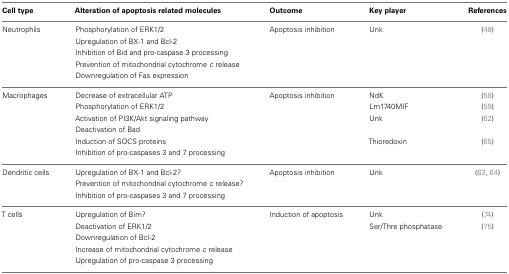
<table><thead><tr><td><b>Cell type</b></td><td><b>Alteration of apoptosis related molecules</b></td><td><b>Outcome</b></td><td><b>Key player</b></td><td><b>References</b></td></tr></thead><tbody><tr><td>Neutrophils</td><td>Phosphorylation of ERK1/2</td><td>Apoptosis inhibition</td><td>Unk</td><td>(48)</td></tr><tr><td></td><td>Upregulation of BX-1 and Bcl-2</td><td colspan="2"></td></tr><tr><td></td><td>Inhibition of Bid and pro-caspase 3 processing</td><td colspan="2"></td></tr><tr><td></td><td>Prevention of mitochondrial cytochrome <i>c</i> release</td><td colspan="2"></td></tr><tr><td></td><td>Downregulation of Fas expression</td><td colspan="2"></td></tr><tr><td>Macrophages</td><td>Decrease of extracellular ATP</td><td>Apoptosis inhibition</td><td>NdK</td><td>(58)</td></tr><tr><td></td><td>Phosphorylation of ERK1/2</td><td></td><td>Lm1740MIF</td><td>(59)</td></tr><tr><td></td><td>Activation of PI3K/Akt signaling pathway</td><td></td><td>Unk</td><td>(62)</td></tr><tr><td></td><td>Deactivation of Bad</td><td colspan="2"></td></tr><tr><td></td><td>Induction of SOCS proteins</td><td></td><td>Thioredoxin</td><td>(65)</td></tr><tr><td></td><td>Inhibition of pro-caspases 3 and 7 processing</td><td colspan="2"></td></tr><tr><td>Dendritic cells</td><td>Upregulation of BX-1 and Bcl-2?</td><td>Apoptosis inhibition</td><td>Unk</td><td>(63, 64)</td></tr><tr><td></td><td>Prevention of mitochondrial cytochrome <i>c</i> release?</td><td colspan="2"></td></tr><tr><td></td><td>Inhibition of pro-caspases 3 and 7 processing</td><td colspan="2"></td></tr><tr><td>T cells</td><td>Upregulation of Bim?</td><td>Induction of apoptosis</td><td>Unk</td><td>(74)</td></tr><tr><td></td><td>Deactivation of ERK1/2</td><td></td><td>Ser/Thre phosphatase</td><td>(75)</td></tr><tr><td></td><td>Downregulation of Bcl-2</td><td colspan="2"></td></tr><tr><td></td><td>Increase of mitochondrial cytochrome <i>c</i> release</td><td colspan="2"></td></tr><tr><td></td><td>Upregulation of pro-caspase 3 processing</td><td colspan="2"></td></tr></tbody></table>